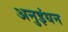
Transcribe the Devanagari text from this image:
अनुइंधन